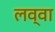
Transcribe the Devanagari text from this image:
लव्वा